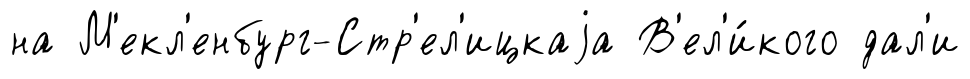
на М'екл'енбург-Стр'ел'ицкаjа В'ел'и́кого дал'и